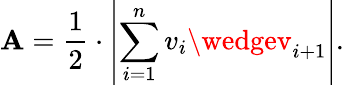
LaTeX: \mathbf{A}={\frac{{1}}{{2}}}\cdot\left|\sum_{i=1}^{n}v_{i}\wedgev_{i+1}\right|.